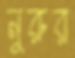
নুরুর